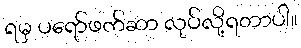
ရမှ ပရော်ဖက်ဆာ လုပ်လို့ရတာပါ။